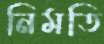
নিমতি